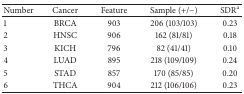
| Number | Cancer | Feature | Sample (+/−) | SDRa |
 | --- | --- | --- | --- | --- |
 | 1 | BRCA | 903 | 206 (103/103) | 0.23 |
 | 2 | HNSC | 906 | 162 (81/81) | 0.18 |
 | 3 | KICH | 796 | 82 (41/41) | 0.10 |
 | 4 | LUAD | 895 | 218 (109/109) | 0.24 |
 | 5 | STAD | 857 | 170 (85/85) | 0.20 |
 | 6 | THCA | 904 | 212 (106/106) | 0.23 |